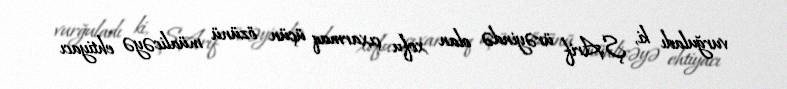
vurğuladı ki, Ş.Arif ürəyində olan xofu çıxarmaq üçün özünü müalicəyə ehtiyacı